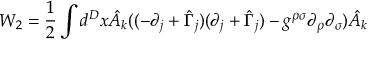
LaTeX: W _ { 2 } = \frac { 1 } { 2 } \int d ^ { D } x \hat { A } _ { k } ( ( - \partial _ { j } + \hat { \Gamma } _ { j } ) ( \partial _ { j } + \hat { \Gamma } _ { j } ) - g ^ { \rho \sigma } \partial _ { \rho } \partial _ { \sigma } ) \hat { A } _ { k }